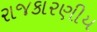
રાજકારણીય